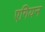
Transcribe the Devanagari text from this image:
एगियन